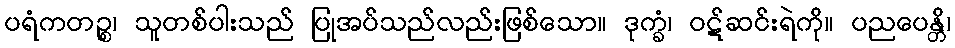
ပရံကတဉ္စ၊ သူတစ်ပါးသည် ပြုအပ်သည်လည်းဖြစ်သော။ ဒုက္ခံ၊ ဝဋ်ဆင်းရဲကို။ ပညပေန္တိ၊